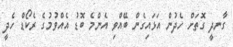
ގާނދީ ގޮތަށް ހެދުން އަޅައިގެން ބޭއްވި އެންމެ ބޮޑު އެއްވުމުގެ ރެކޯޑް ހެދީ